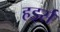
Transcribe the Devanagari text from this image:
हर्ड्स